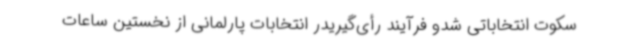
سکوت انتخاباتی شدو فرآیند رأی‌گیریدر انتخابات پارلمانی از نخستین ساعات